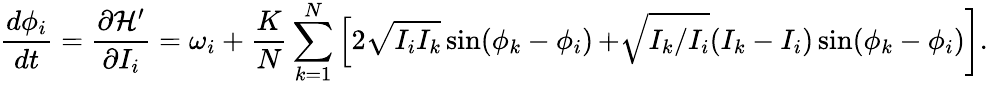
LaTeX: {\frac{d\phi_{i}}{dt}}={\frac{\partial{\mathcal{H}}^{\prime}}{\partial I_{i}}}=\omega_{i}+{\frac{K}{N}}\sum_{k=1}^{N}\left[2{\sqrt{I_{i}I_{k}}}\sin(\phi_{k}-\phi_{i})\right.\left.+{\sqrt{I_{k}/I_{i}}}(I_{k}-I_{i})\sin(\phi_{k}-\phi_{i})\right].